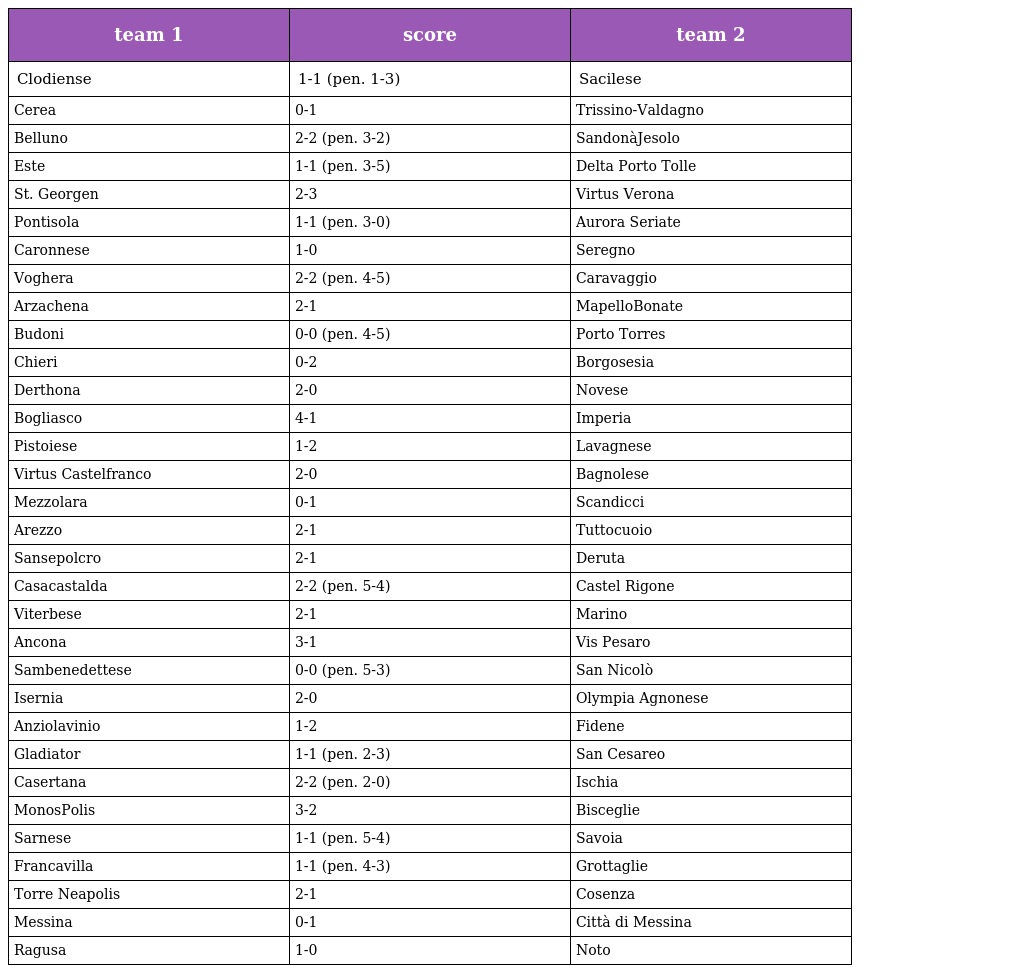
| team 1 | score | team 2 |
 | --- | --- | --- |
 | Clodiense | 1-1 (pen. 1-3) | Sacilese |
 | Cerea | 0-1 | Trissino-Valdagno |
 | Belluno | 2-2 (pen. 3-2) | SandonàJesolo |
 | Este | 1-1 (pen. 3-5) | Delta Porto Tolle |
 | St. Georgen | 2-3 | Virtus Verona |
 | Pontisola | 1-1 (pen. 3-0) | Aurora Seriate |
 | Caronnese | 1-0 | Seregno |
 | Voghera | 2-2 (pen. 4-5) | Caravaggio |
 | Arzachena | 2-1 | MapelloBonate |
 | Budoni | 0-0 (pen. 4-5) | Porto Torres |
 | Chieri | 0-2 | Borgosesia |
 | Derthona | 2-0 | Novese |
 | Bogliasco | 4-1 | Imperia |
 | Pistoiese | 1-2 | Lavagnese |
 | Virtus Castelfranco | 2-0 | Bagnolese |
 | Mezzolara | 0-1 | Scandicci |
 | Arezzo | 2-1 | Tuttocuoio |
 | Sansepolcro | 2-1 | Deruta |
 | Casacastalda | 2-2 (pen. 5-4) | Castel Rigone |
 | Viterbese | 2-1 | Marino |
 | Ancona | 3-1 | Vis Pesaro |
 | Sambenedettese | 0-0 (pen. 5-3) | San Nicolò |
 | Isernia | 2-0 | Olympia Agnonese |
 | Anziolavinio | 1-2 | Fidene |
 | Gladiator | 1-1 (pen. 2-3) | San Cesareo |
 | Casertana | 2-2 (pen. 2-0) | Ischia |
 | MonosPolis | 3-2 | Bisceglie |
 | Sarnese | 1-1 (pen. 5-4) | Savoia |
 | Francavilla | 1-1 (pen. 4-3) | Grottaglie |
 | Torre Neapolis | 2-1 | Cosenza |
 | Messina | 0-1 | Città di Messina |
 | Ragusa | 1-0 | Noto |